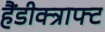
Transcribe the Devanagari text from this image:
हैंडीक्त्राफ्ट